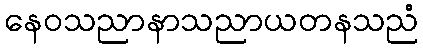
နေဝသညာနာသညာယတနသညံ